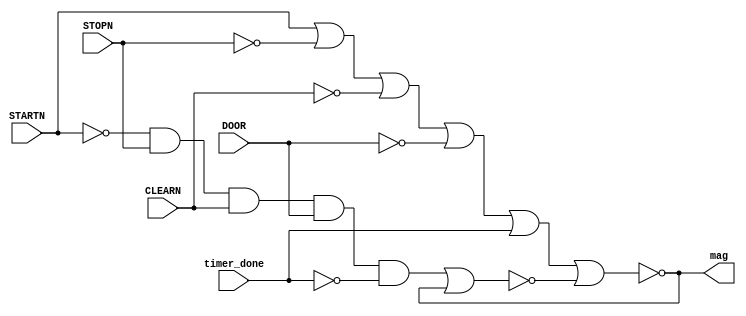
module mag_on(
  input wire STARTN, STOPN, CLEARN, DOOR, timer_done,
  output wire mag
);
  
  wire nq, SET, RESET;
  
  assign RESET = STARTN | !STOPN | !CLEARN | !DOOR | timer_done;// todos os outros casos sem ser o da ativao
  assign SET = !STARTN & STOPN & CLEARN & DOOR & !timer_done; // funciona somente com o start==0, stop==1, clear==1, door(door_closed)==1 e timer_done==0. Isso considerando que algumas portas funcionam somente ativas em nvel BAIXO
  
  //descrio comportamental do Latch SR
  nor g1(mag, RESET, nq);
  nor g2(nq, SET, mag);
endmodule